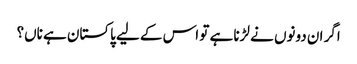
اگر ان دونوں نے لڑنا ہے تو اس کے لیے پاکستان ہے ناں؟